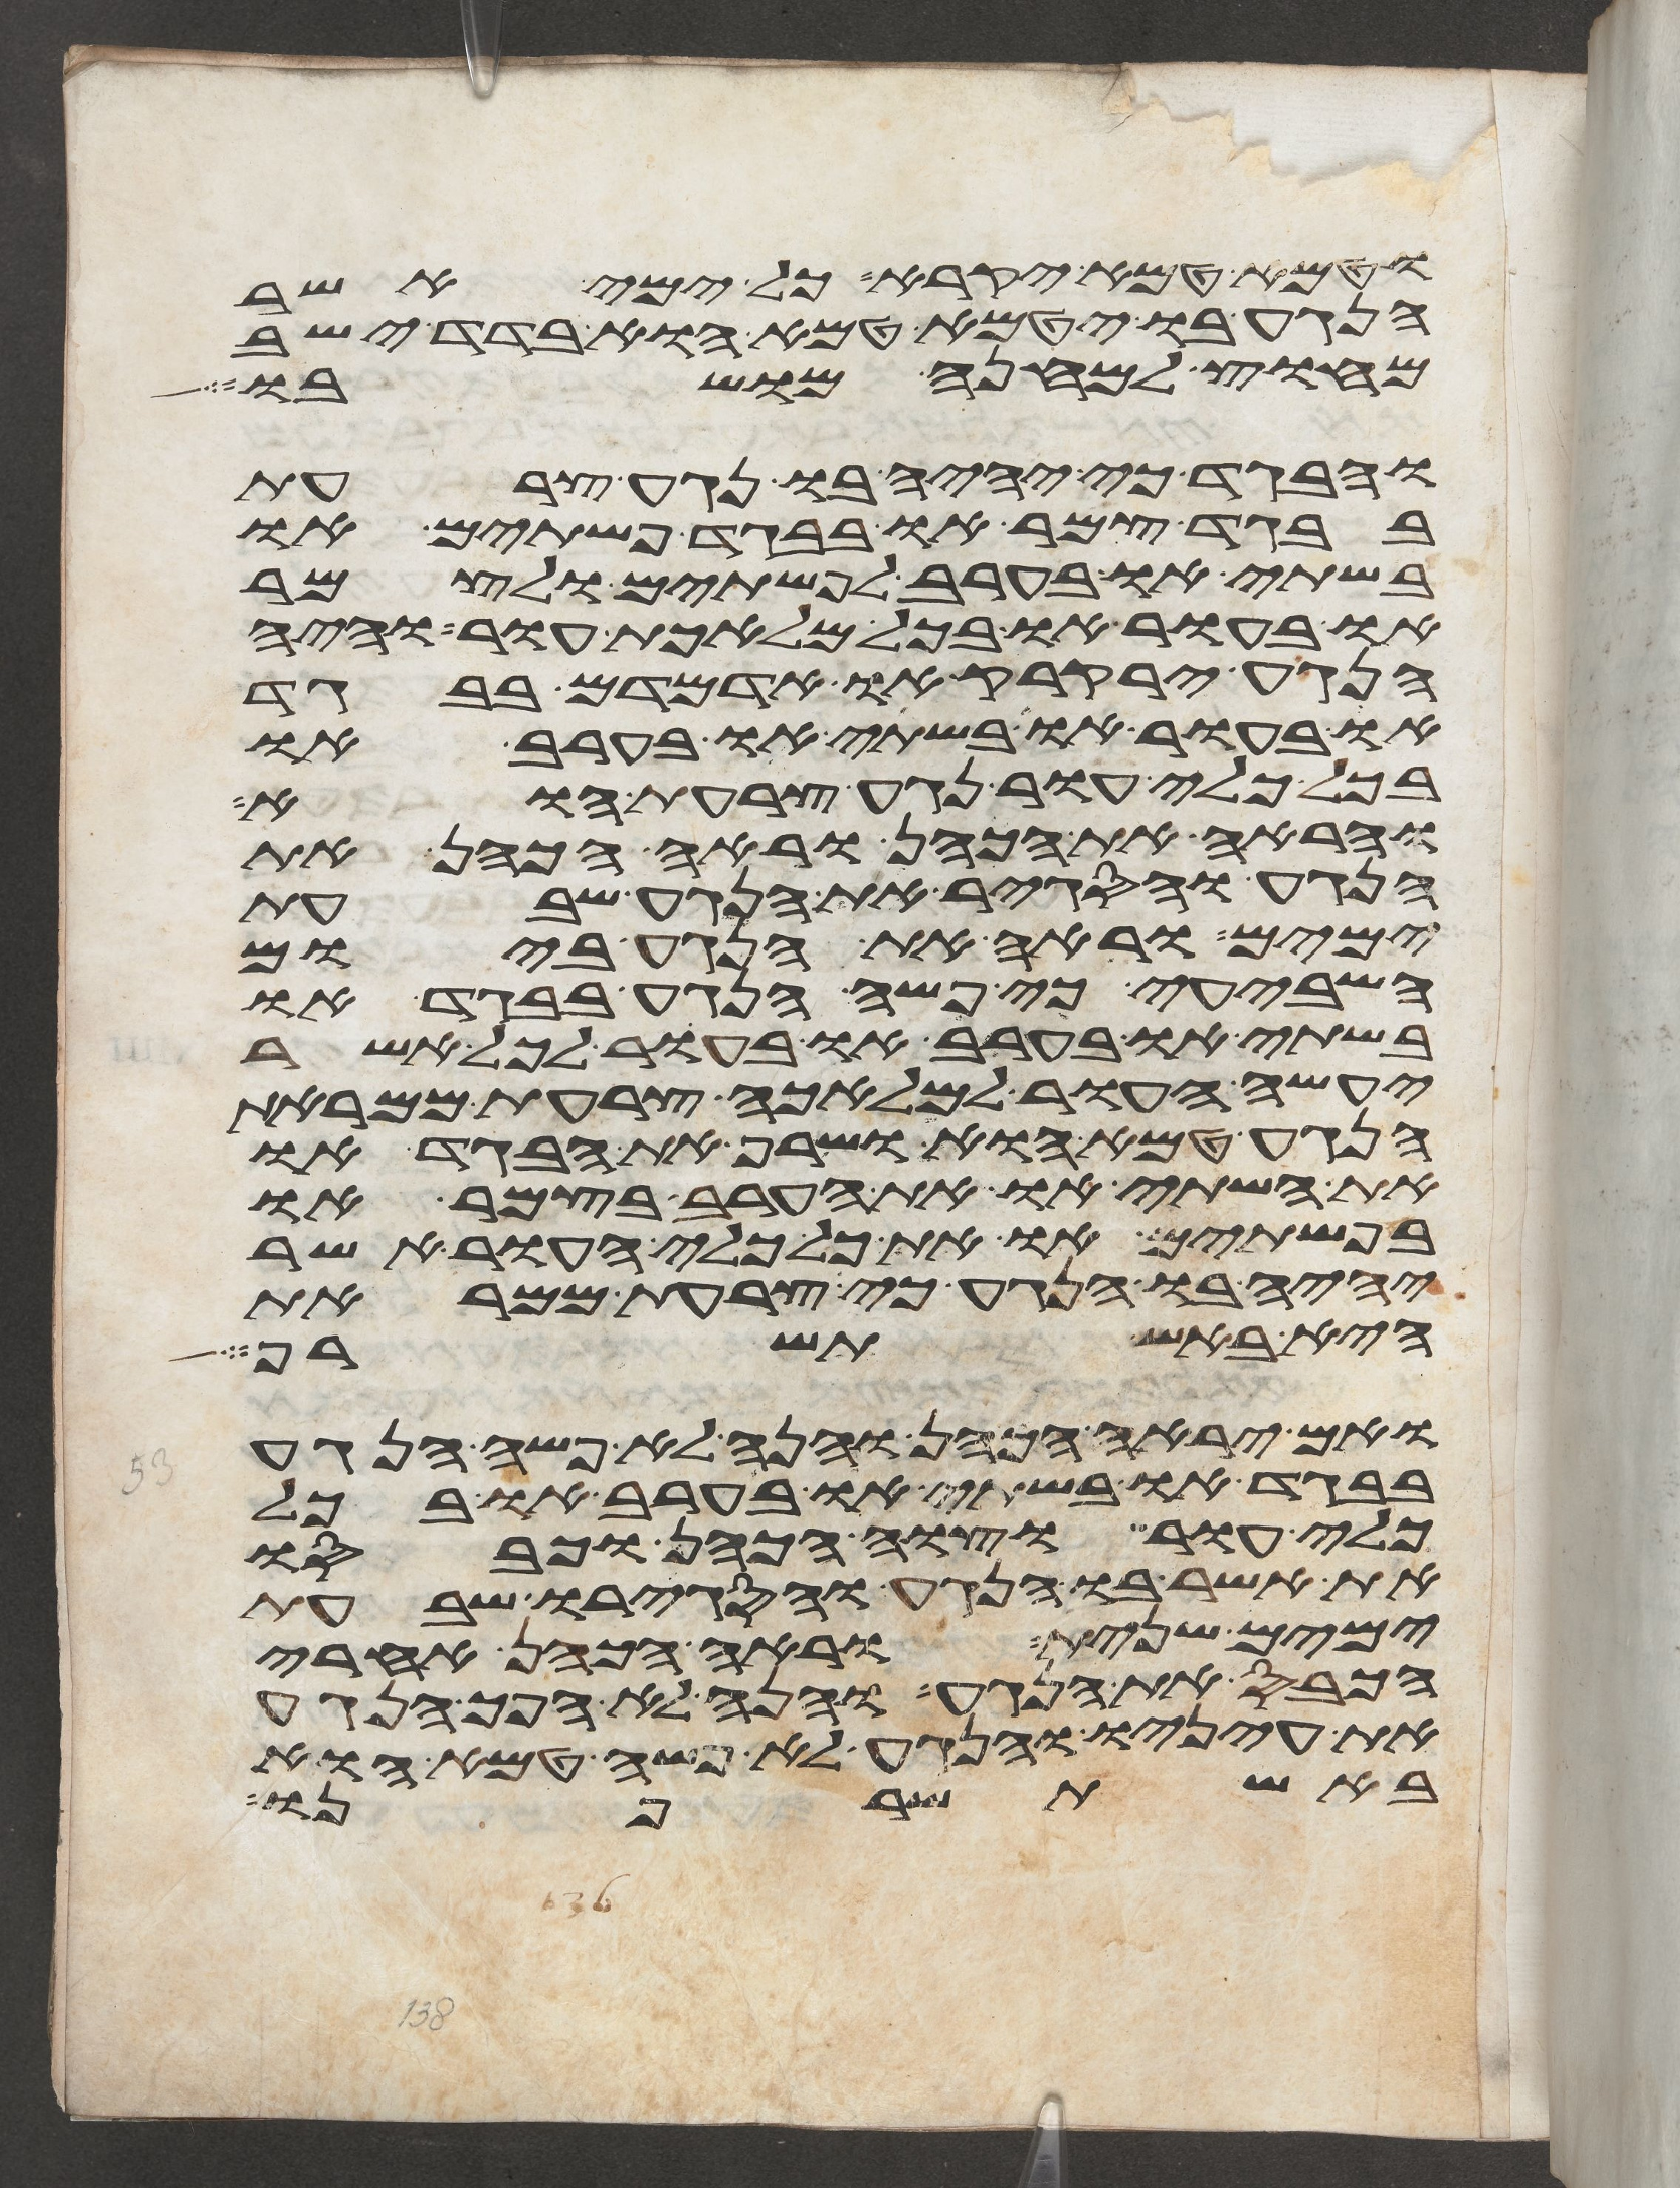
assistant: וטמא טמא יקרא כל ימי אשר
הנגע בו יטמא טמא הוא בדד ישב
מחוץ למחנה מושבו
והבגד כי יהיה בו נגע צרעת
בבגד צמר או בבגד פשתים או
בשתי או בערב לפשתים ולצמר
או בעור או בכל מלאכת עור והיה
הנגע ירקרק או אדמדם בבגד
או בעור או בשתי או בערב או
בכל כלי עור נגע צרעת הוא
והראה את הכהן וראה הכהן את
הנגע והסגיר את הנגע שבעת
ימים וראה את הנגע ביום
השביעי כי פשה הנגע בבגד או
בשתי או בערב או בעור לכל אשר
יעשה העור למלאכה צרעת ממראת
הנגע טמא הוא ושרף את הבגד או
את השתי או את הערב בצמר או
בפשתים או את כל כלי העור אשר
יהיה בו הנגע כי צרעת ממראת
היא באש תשרף
ואם יראה הכהן והנה לא פשה הנגע
בבגד או בשתי או בערב או בכל
כלי עור וצוה הכהן וכבסו
את אשר בו הנגע והסגירו שבעת
ימים שנית וראה הכהן אחרי
הכבס את הנגע והנה לא הפך הנגע
את עיניו והנגע לא פשה טמא הוא
באש תשרפנו